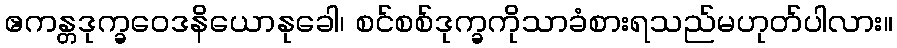
ဧကန္တဒုက္ခဝေဒနိယောနုခေါ၊ စင်စစ်ဒုက္ခကိုသာခံစားရသည်မဟုတ်ပါလား။